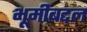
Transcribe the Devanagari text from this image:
भूमीबद्दल